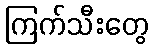
ကြက်သီးတွေ